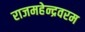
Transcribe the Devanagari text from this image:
राजमहेन्द्रवरम